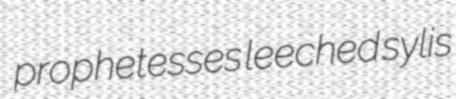
prophetesses leeched sylis